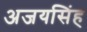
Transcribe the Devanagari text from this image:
अजयसिंह